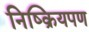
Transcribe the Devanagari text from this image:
निष्क्रियपण